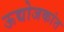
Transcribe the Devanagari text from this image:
ऊद्योजकांत